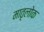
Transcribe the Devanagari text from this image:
मातृलोक